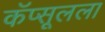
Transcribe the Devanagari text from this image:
कॅप्सूलला